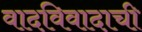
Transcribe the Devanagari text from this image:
वादविवादाची